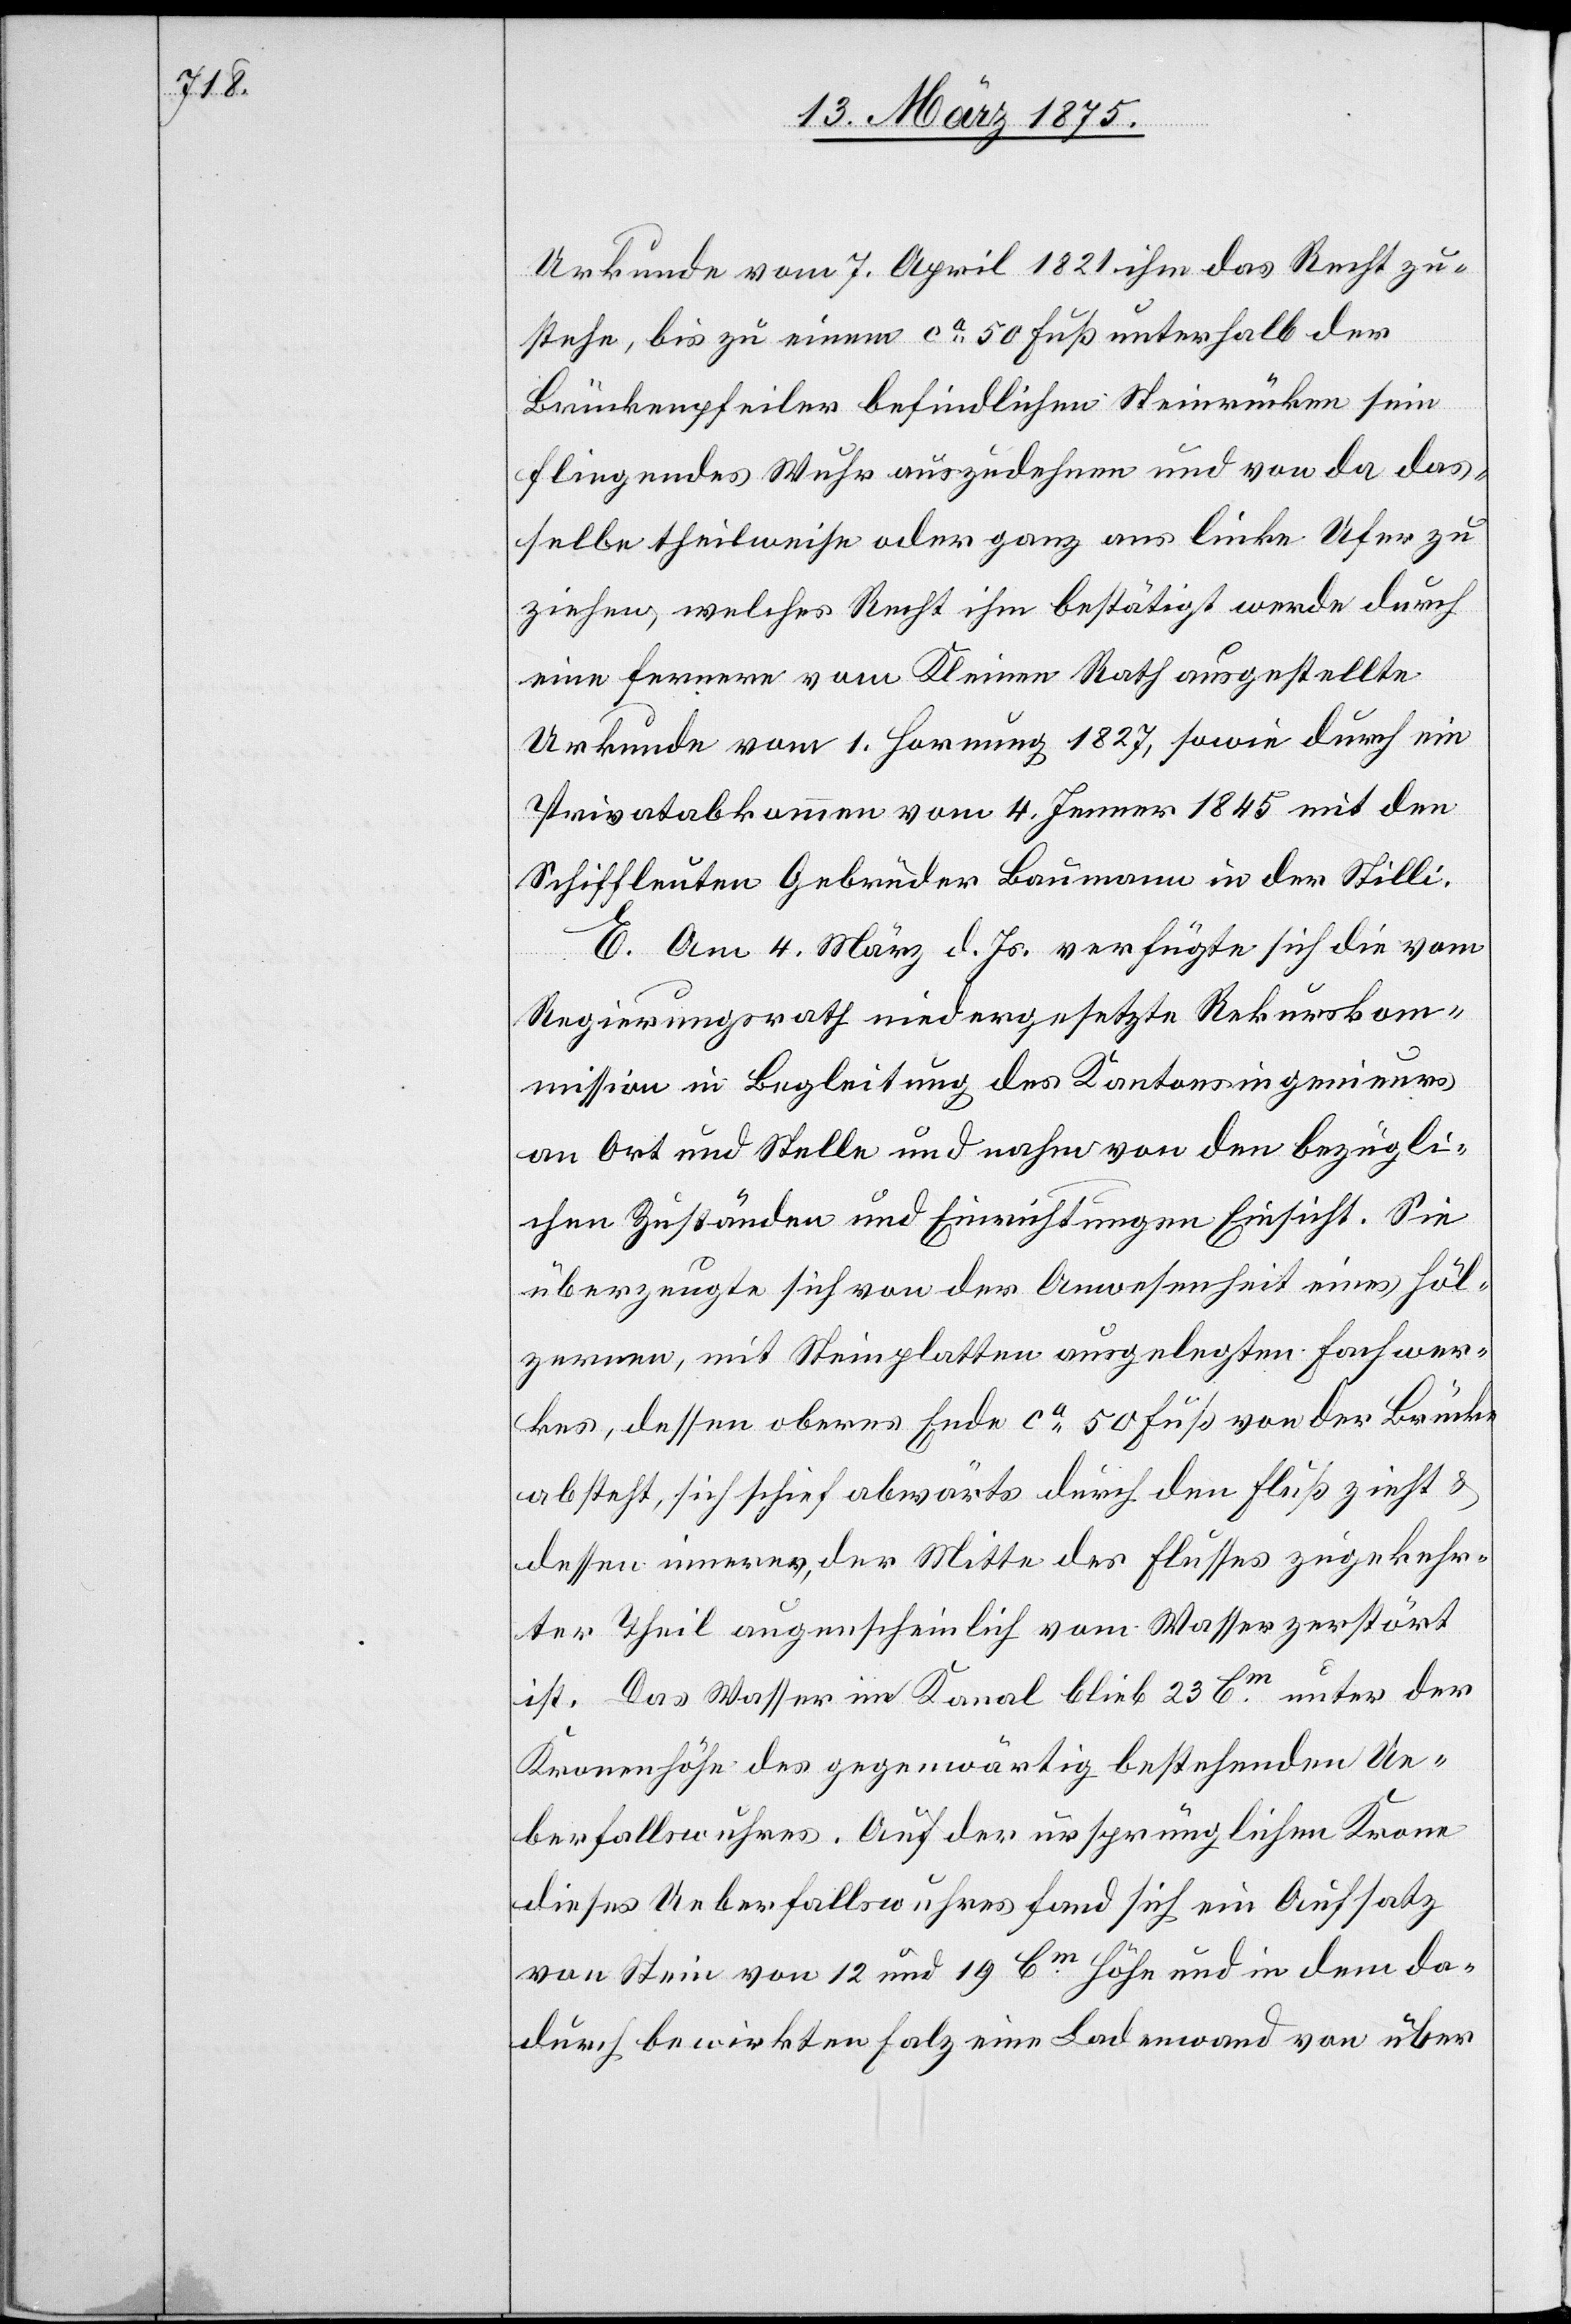
Urkunde vom 7. April 1821 ihm das Recht zu¬
stehe, bis zu einem ca 50 Fuß unterhalb der
Brückenpfeiler befindlichen Steinrücken sein
fliegendes Wuhr auszudehnen sei und von da das¬
selbe theilweise oder ganz ans linke Ufer zu
ziehen, welches Recht ihm bestätigt werde durch
eine fernere vom Kleinen Rath ausgestellte
Urkunde vom 1. Hornung 1827, sowie durch ein
Privatabkommen vom 4. Jenner 1845 mit den
Schiffleuten Gebrüder Laumann in der Stilli.
E. Am 4. März d. Jr. verfügte sich die vom
Regierungsrath niedergesetzte Rekurskom¬
mission in Begleitung des Kantonsingenieurs
an Ort und Stelle und nahm von den bezügli¬
chen Zuständen und Einrichtungen Einsicht. Sie
überzeugte sich von der Anwesenheit eines höl¬
zernen, mit Steinplatten ausgelegten Fachwer¬
kes, dessen oberes Ende ca 50 Fuß von der Brücke
absteht, sich schief abwärts durch den Fluß zieht &
dessen Inneres, der Mitte des Flusses zugekehr¬
ter Theil augenscheinlich vom Wasser zerstört
ist. Das Wasser im Kanal blieb 23 Cm unter der
Kronenhöhe des gegenwärtig bestehenden Ue¬
berfallwuhres. Auf der ursprünglichen Krone
dieses Ueberfallswuhres fand sich ein Aufsatz
von Stein von 12 und 19 Cm Höhe und in dem da¬
durch bewirkten Falz eine Ladenwand von über